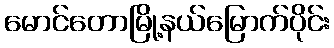
မောင်တောမြို့နယ်မြောက်ပိုင်း